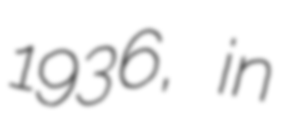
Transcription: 1936, in